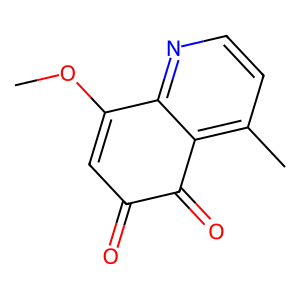
SMILES: COC1=CC(=O)C(=O)c2c(C)ccnc21
Inhibits HIV replication: No